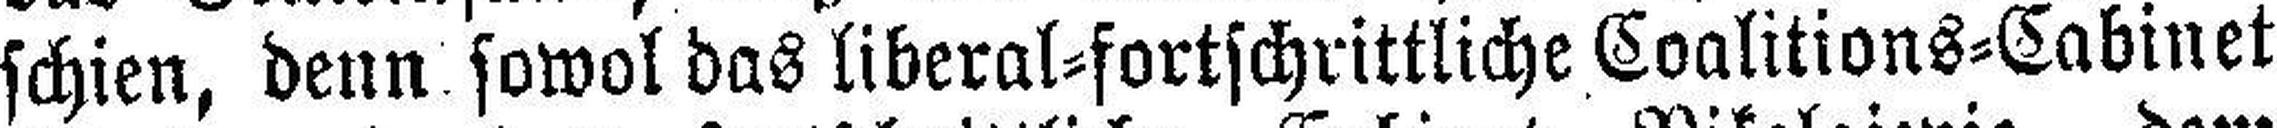
schien, denn sowol das liberal=fortschrittliche Coalitions=Cabinet